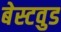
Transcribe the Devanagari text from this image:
बेस्टवुड